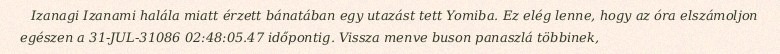
Izanagi Izanami halála miatt érzett bánatában egy utazást tett Yomiba. Ez elég lenne, hogy az óra elszámoljon egészen a 31-JUL-31086 02:48:05.47 időpontig. Vissza menve buson panaszlá többinek,